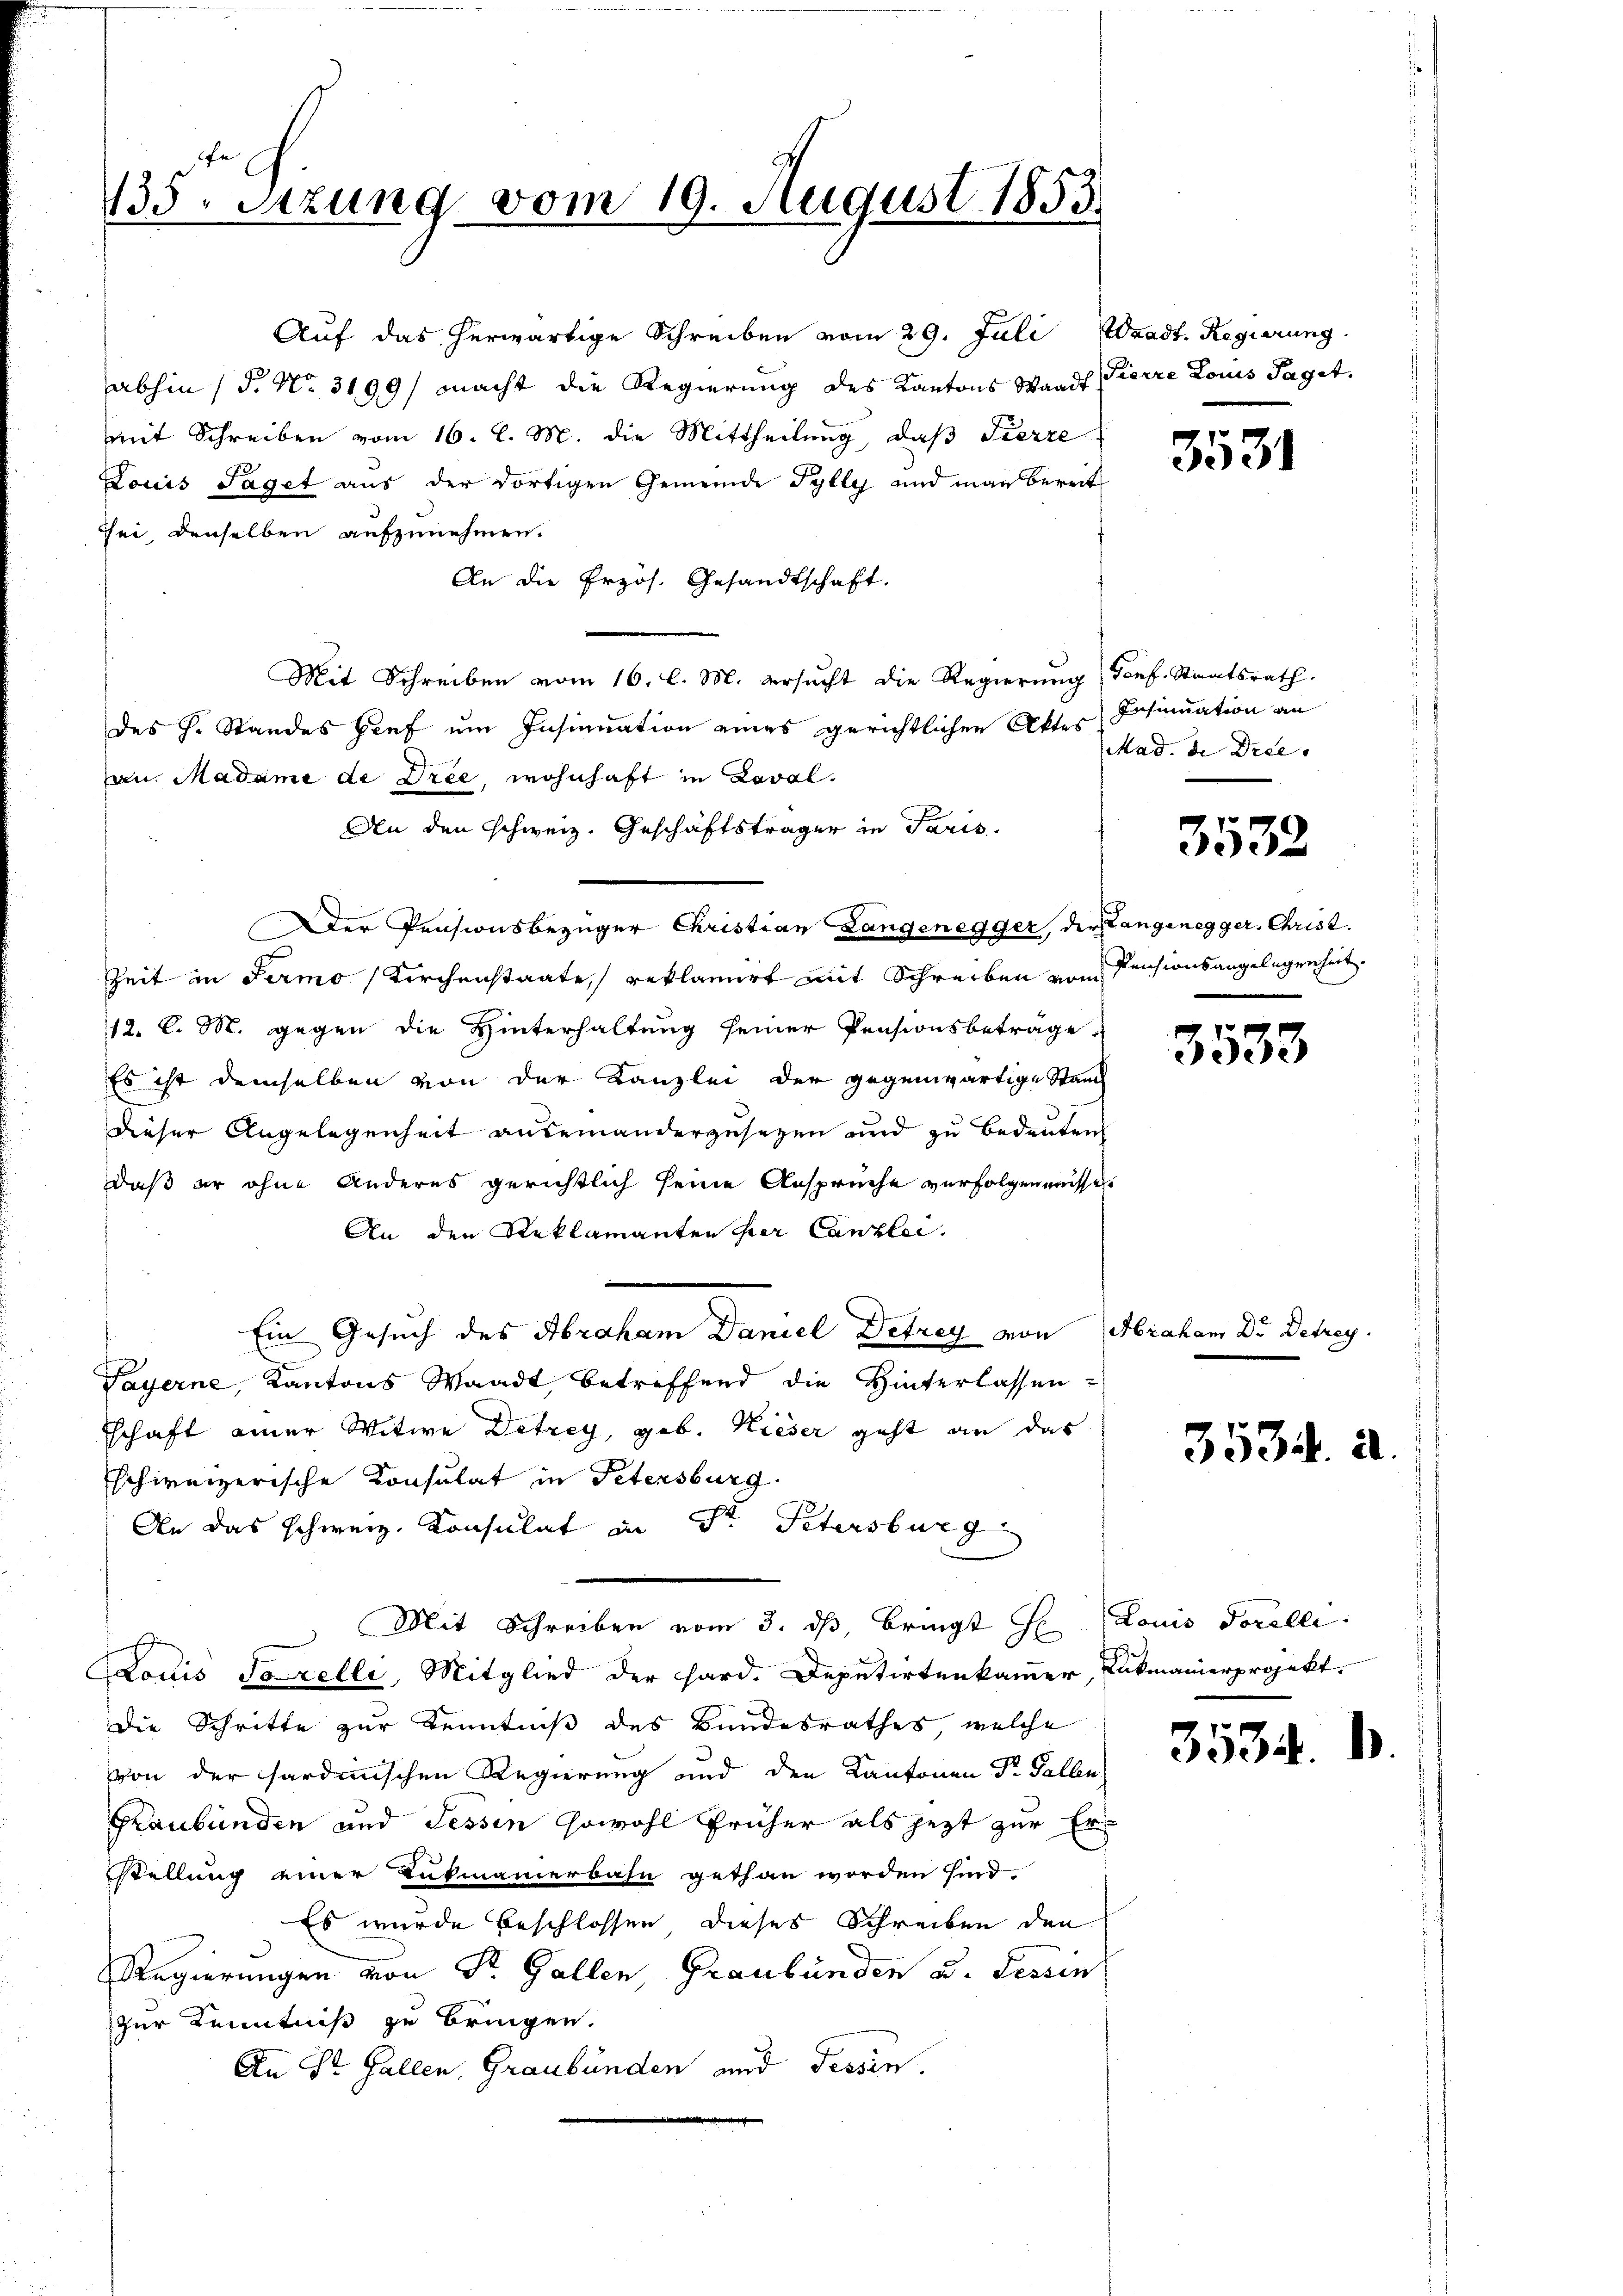
135. Setzung vom 19. August 1853

Auf das herwärtige Schreiben vom 29. Juli Waadt. Regierung.
abhin (§. No. 3109/ macht die Regierung des Kantons Staadt Pierre Louis Taget.
mit Schreiben vom 16. l. M. die Mittheilung, daß Fierze
Louis Saget aus der dortigen Gemeinde Tylly und man bereit
sei, denselben aufzunehmen.
An die Erzös. Gesandtschaft.
Mit Schreiben vom 16. l. M. ersucht die Regierung (Sonf. Staatsrath.
des H. Standes Genf um Insinuation eines gerichtlichen Aktes Insinuation an
an Madame de Dree, wohnhaft in Laval.
An den Schweiz. Geschäftsträger in Paris
Der Pensionsbezüger Christian Langenegger, der Langenegger, Christ.
Zeit in Fermo (Kirchenstaate reklamirt mit Schreiben vom Pensionsangelegenheit.
12. l. M. gegen die Hinterhaltung seiner Pensionsbeträge
Es ist demselben von der Kanzlei der gegenwärtige Stand
dieser Angelegenheit auseinandergesezen und zu bedeuten
daß er ohne Anderes gerichtlich seine Ansprüche verfolgen wissen
An den Reklamanten per Canzlei.
Ein Gesuch des Abraham Daniel Detrey von Abraham Dr. Detrey.
Payerne, Kantons Waadt, betreffend die Hinterlassen-
schaft einer Witwe Detrey, geb. Kieser geht an das
schweizerische Consulat in Petersburg.
An das schweiz. Konsulat in Dr. Petersburg
Mit Schreiben vom 3. ds, bringt H. Louis Forelli
Louis Fazelli, Mitglied der Hard. Deputirtenkammer, Lukmanierprojekt.
Die Schritte zur Kenntniß des Bundesrathes, welche
von der sardinischen Regierung und den Kantonen Dr. Gallen
Graubünden und Tessin sowohl früher als jezt zur Erstellung einer Lukmanierbahn gethan worden sind.
Es wurde beschlossen dieses Schreiben den
Regierungen von St. Gallen, Graubünden u. Tessin
zur Kenntniß zu bringen.
An St. Gallen, Graubünden und Tessin.

3531

Mad. de Dree. |

3533

3533

3534. a

3534.

1